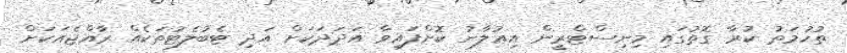
ތުހުމަތު ކުރާ ގޮތުގައި މިނިސްޓްރީން އިޢުލާނު ކޮށްފައިވާ އަދަދަކަށް އަދި ޓެބުލެޓުތަކެއް ރާއްޖެއަކަށް